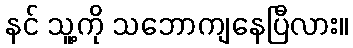
နင် သူ့ကို သဘောကျနေပြီလား။